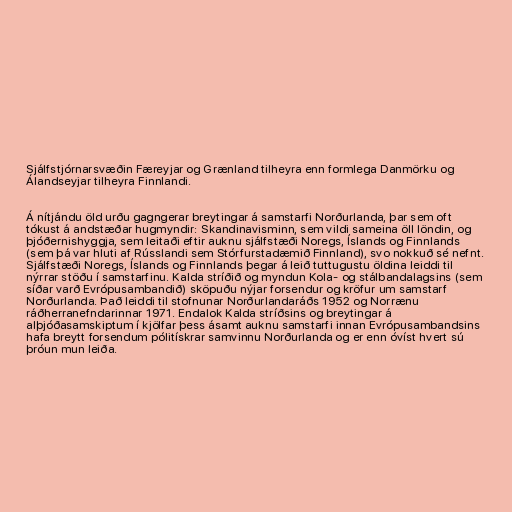
Sjálfstjórnarsvæðin Færeyjar og Grænland tilheyra enn formlega Danmörku og
Álandseyjar tilheyra Finnlandi.

Á nítjándu öld urðu gagngerar breytingar á samstarfi Norðurlanda, þar sem oft
tókust á andstæðar hugmyndir: Skandinavisminn, sem vildi sameina öll löndin, og
þjóðernishyggja, sem leitaði eftir auknu sjálfstæði Noregs, Íslands og Finnlands
(sem þá var hluti af Rússlandi sem Stórfurstadæmið Finnland), svo nokkuð sé nefnt.
Sjálfstæði Noregs, Íslands og Finnlands þegar á leið tuttugustu öldina leiddi til
nýrrar stöðu í samstarfinu. Kalda stríðið og myndun Kola- og stálbandalagsins (sem
síðar varð Evrópusambandið) sköpuðu nýjar forsendur og kröfur um samstarf
Norðurlanda. Það leiddi til stofnunar Norðurlandaráðs 1952 og Norrænu
ráðherranefndarinnar 1971. Endalok Kalda stríðsins og breytingar á
alþjóðasamskiptum í kjölfar þess ásamt auknu samstarfi innan Evrópusambandsins
hafa breytt forsendum pólitískrar samvinnu Norðurlanda og er enn óvíst hvert sú
þróun mun leiða.